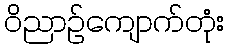
ဝိညာဉ်ကျောက်တုံး